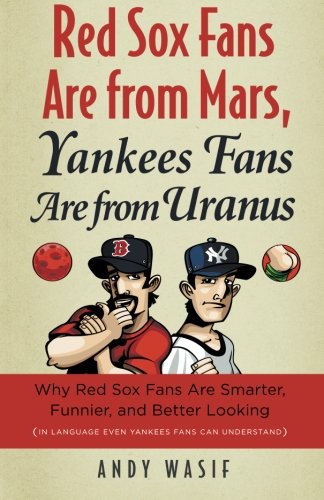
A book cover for Red Sox Fans Are from Mars, Yankees Fans Are from Uranus: Why Red Sox Fans Are Smarter, Funnier, and Better Looking (In Language Even Yankee Fans Can Understand); Andy Wasif; Humor & Entertainment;